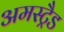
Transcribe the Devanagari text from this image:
अमस्ट्रैड